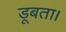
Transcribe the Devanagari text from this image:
डूबता।